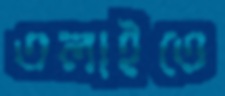
তলাইতে